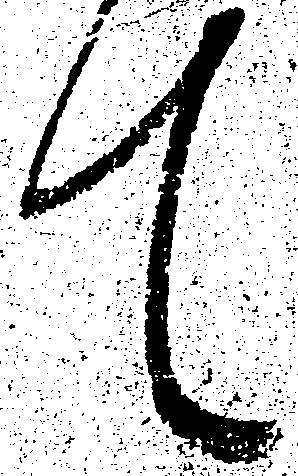
て